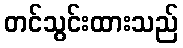
တင်သွင်းထားသည်